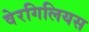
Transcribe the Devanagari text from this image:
वेरगिलियस